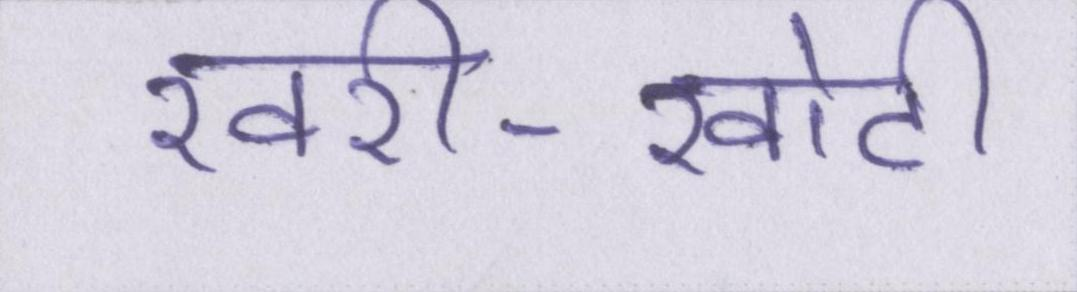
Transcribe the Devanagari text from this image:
खरी-खोटी